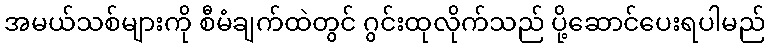
အမယ်သစ်များကို စီမံချက်ထဲတွင် ဂွင်းထုလိုက်သည် ပို့ဆောင်ပေးရပါမည်